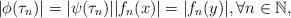
LaTeX: \begin{align*}|\phi(\tau_n)|=|\psi(\tau_n)||f_n(x)|=|f_n(y)|, \forall n \in \mathbb{N},\end{align*}